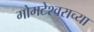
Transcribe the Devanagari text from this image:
गोमटेश्‍वराच्या